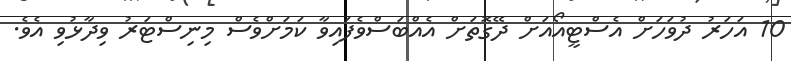
10 އަހަރު ދުވަހަށް އެސްޓީއޯއަށް ދޭގޮތަށް އެއްބަސްވެފައިވާ ކަމަށްވެސް މިނިސްޓަރު ވިދާޅުވި އެވެ.